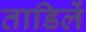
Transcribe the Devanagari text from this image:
ताडिलें